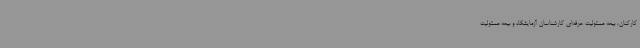
کارکنان، بیمه مسئولیت حرفه‌ای کارشناسان آزمایشگاه و بیمه مسئولیت